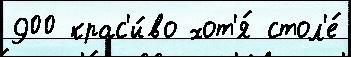
900 крас'и́во хот'я́ стол'е́